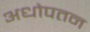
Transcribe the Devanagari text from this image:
अधोपतन